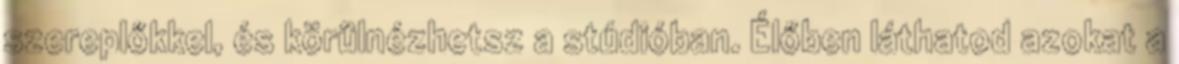
szereplőkkel, és körülnézhetsz a stúdióban. Élőben láthatod azokat a